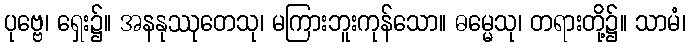
ပုဗ္ဗေ၊ ရှေး၌။ အနနုဿုတေသု၊ မကြားဘူးကုန်သော။ ဓမ္မေသု၊ တရားတို့၌။ သာမံ၊